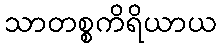
သာတစ္စကိရိယာယ